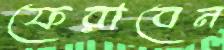
ফেরাবেন